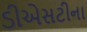
ડીએસટીના